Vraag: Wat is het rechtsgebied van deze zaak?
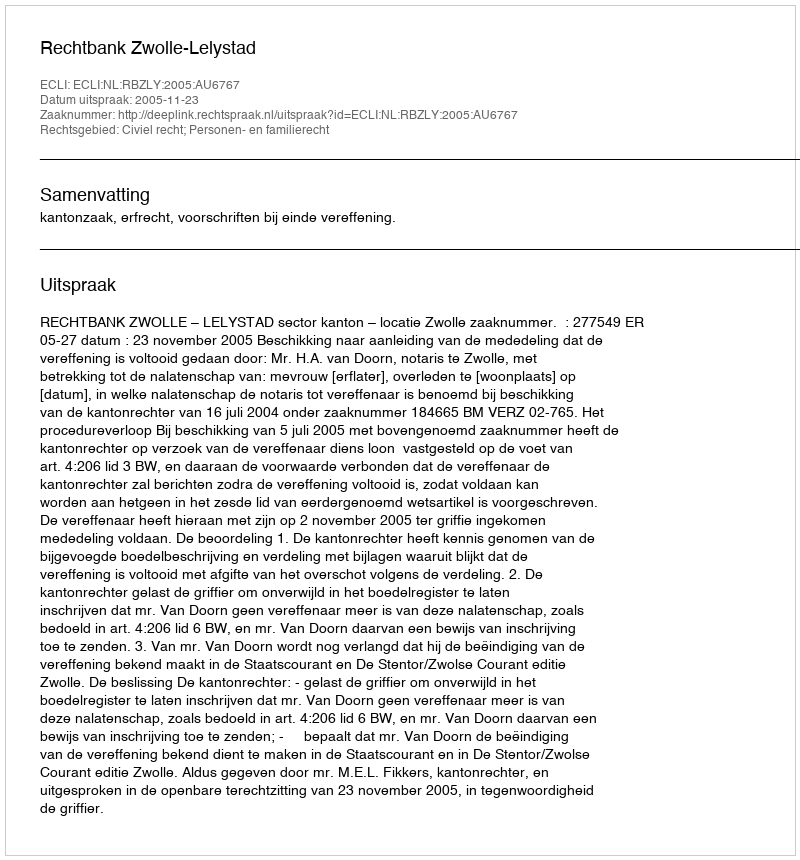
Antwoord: Civiel recht; Personen- en familierecht